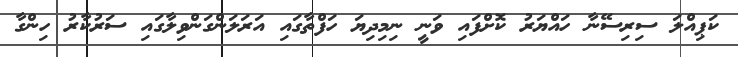
ކަޕިއްލަ ސިރިސޭނާ ހައްޔަރު ކޮށްފައި ވަނީ ނިމިދިޔަ ހަފްތާގައި އަރަލަންގަންވިލާގައި ސަރުކާރު ހިންގާ